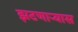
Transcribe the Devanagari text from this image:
झटणाऱ्यास